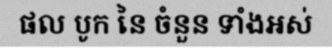
ផល បូក នៃ ចំនួន ទាំងអស់